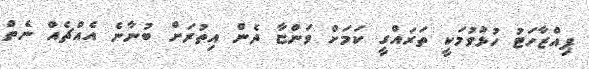
ޕިއްޒާހަޓު ހުޅުވުމަކީ ތަރައްގީ ކަމަށް ވަންޏާ ދެން އިތުރަށް ބުނާނެ އެއްޗެއް ނެތް